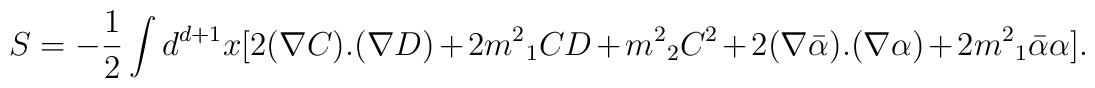
S=-\frac{1}{2}\int d^{d+1} x [2(\nabla C).(\nabla D)+ 2{m^2}_1CD+{m^2}_2 C^2 + 2(\nabla\bar{\alpha}).(\nabla\alpha)+2{m^2}_1\bar{\alpha}\alpha].